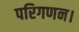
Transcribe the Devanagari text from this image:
परिगणन।